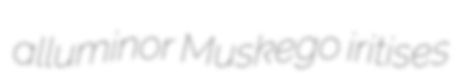
alluminor Muskego iritises